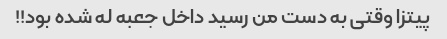
پیتزا وقتی به دست من رسید داخل جعبه له شده بود!!